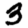
Digit: 3